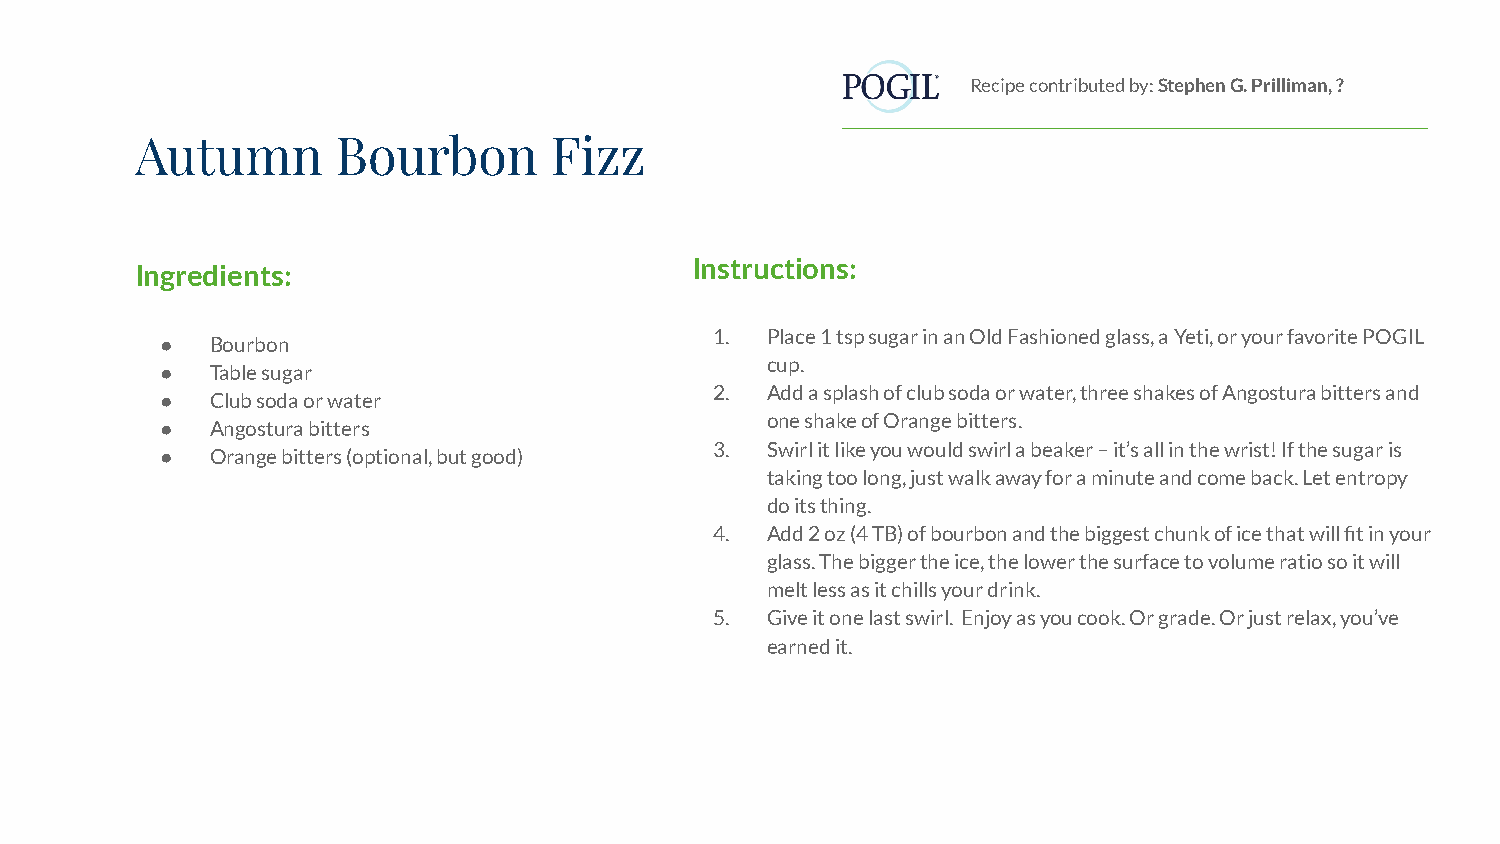
Recipe contributed by: Stephen G. Prilliman, ?
 Autumn       Bourbon       Fizz
 Instructions:
 Ingredients:
 1.  Place 1 tsp sugar in an Old Fashioned glass, a Yeti, or your favorite POGIL
 ●  Bourbon
 cup.
 ●  Table sugar
 2.  Add a splash of club soda or water, three shakes of Angostura bitters and
 ●  Club soda or water
 one shake of Orange bitters.
 ●  Angostura bitters
 3.  Swirl it like you would swirl a beaker – it’s all in the wrist! If the sugar is
 ●  Orange bitters (optional, but good)
 taking too long, just walk away for a minute and come back. Let entropy
 do its thing.
 4.  Add 2 oz (4 TB) of bourbon and the biggest chunk of ice that will fit in your
 glass. The bigger the ice, the lower the surface to volume ratio so it will
 melt less as it chills your drink.
 5.  Give it one last swirl. Enjoy as you cook. Or grade. Or just relax, you’ve
 earned it.